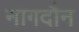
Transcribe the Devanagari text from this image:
नागदौन